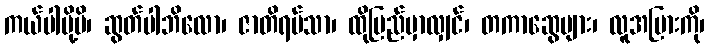
ကယ်ပါပို့မိ၊ ဆွတ်ပါဘိလော၊ ဇာတိရပ်သာ၊ ထိုပြည်မှာလျှင်၊ တကာဆွေများ၊ လူအပြားကို၊